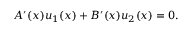
A ^ { \prime } ( x ) u _ { 1 } ( x ) + B ^ { \prime } ( x ) u _ { 2 } ( x ) = 0 .